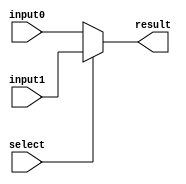
`timescale 1ns / 1ps
//////////////////////////////////////////////////////////////////////////////////
// Company: 
// 
// Design Name: 
// Module Name: mux_32bit
// Project Name: Single Cycle CPU
// Target Devices: 
// Tool Versions: 
// Description: 
// 
// Dependencies: 
// 
// Revision:
// Revision 0.01 - File Created
// Additional Comments:
// 
//////////////////////////////////////////////////////////////////////////////////


module mux_32bit(input0, input1, result, select);
    input [31:0] input0, input1;
    input select;
    output [31:0] result;
    assign result = select?input1:input0;
endmodule